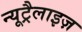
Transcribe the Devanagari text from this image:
न्यूट्रैलाइज़